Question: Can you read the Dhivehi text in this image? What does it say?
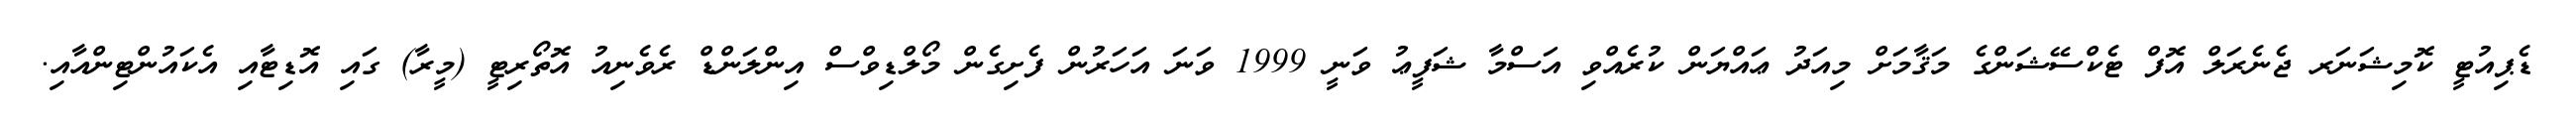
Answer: ޑެޕިއުޓީ ކޮމިޝަނަރ ޖެނެރަލް އޮފް ޓެކްސޭޝަންގެ މަޤާމަށް މިއަދު ޢައްޔަން ކުރެއްވި އަސްމާ ޝަފީޢު ވަނީ 1999 ވަނަ އަހަރުން ފެށިގެން މޯލްޑިވްސް އިންލަންޑް ރެވެނިއު އޮތޯރިޓީ (މީރާ) ގައި އޮޑިޓާއި އެކައުންޓިންއާއި.